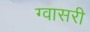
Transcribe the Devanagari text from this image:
ग्वासरी